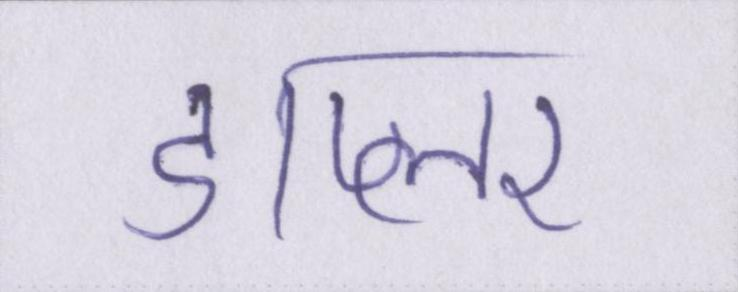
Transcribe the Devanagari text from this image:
डाप्लर